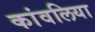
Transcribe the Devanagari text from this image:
कांवलिया